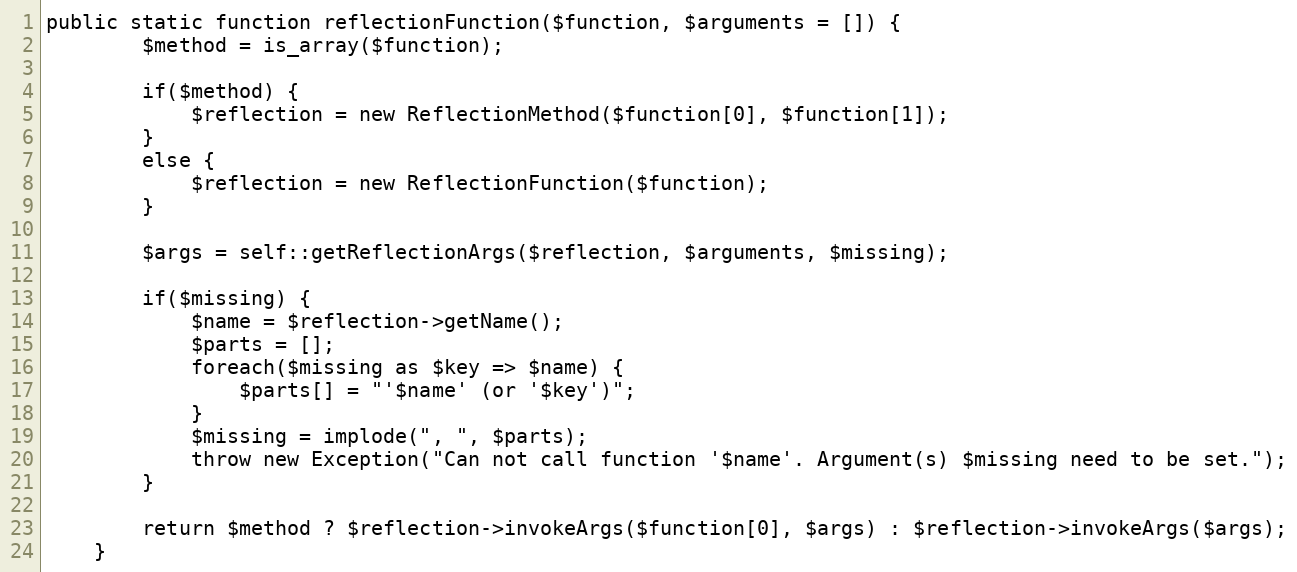
Language: PHP
public static function reflectionFunction($function, $arguments = []) {
        $method = is_array($function);

        if($method) {
            $reflection = new ReflectionMethod($function[0], $function[1]);
        }
        else {
            $reflection = new ReflectionFunction($function);
        }

        $args = self::getReflectionArgs($reflection, $arguments, $missing);

        if($missing) {
            $name = $reflection->getName();
            $parts = [];
            foreach($missing as $key => $name) {
                $parts[] = "'$name' (or '$key')";
            }
            $missing = implode(", ", $parts);
            throw new Exception("Can not call function '$name'. Argument(s) $missing need to be set.");
        }

        return $method ? $reflection->invokeArgs($function[0], $args) : $reflection->invokeArgs($args);
    }